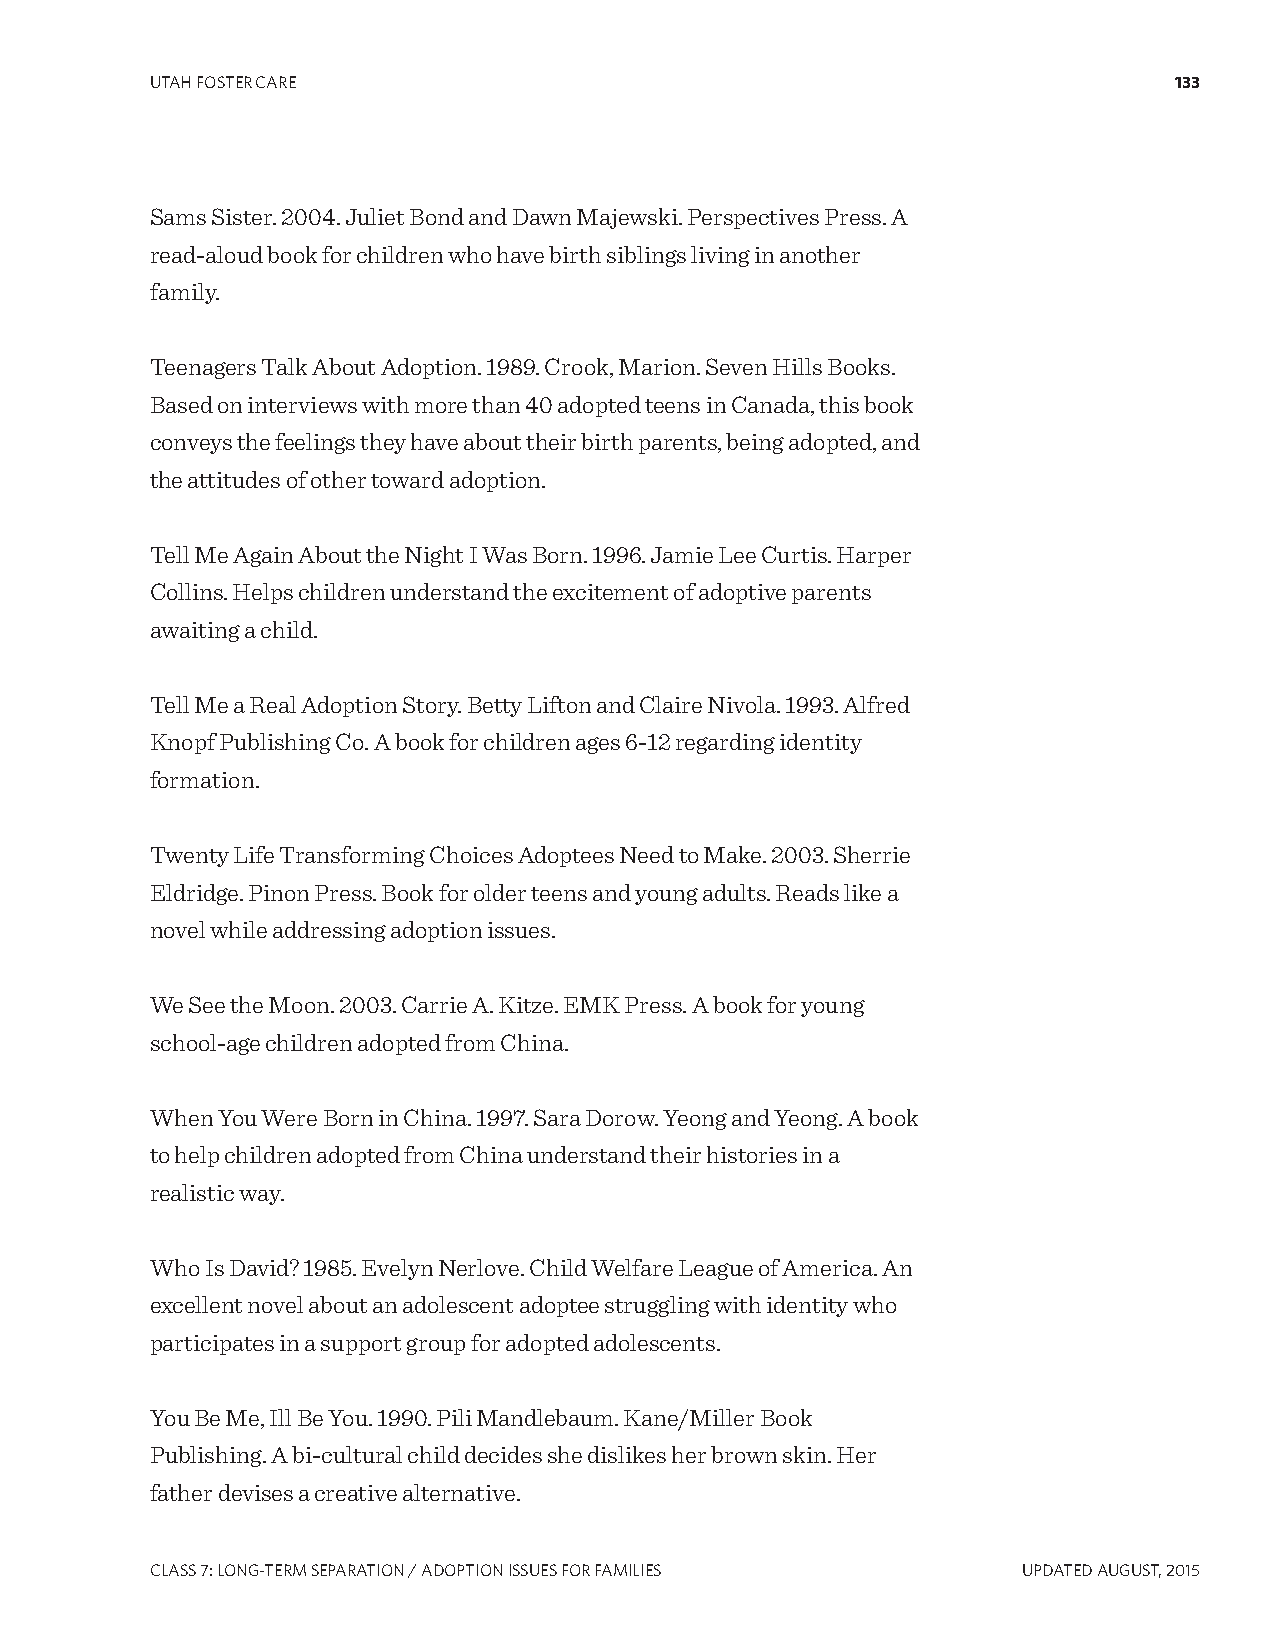
UTAH FOSTER CARE                                                    133
 Sams Sister. 2004. Juliet Bond and Dawn Majewski. Perspectives Press. A
 read-aloud book for children who have birth siblings living in another
 family.
 Teenagers Talk About Adoption. 1989. Crook, Marion. Seven Hills Books.
 Based on interviews with more than 40 adopted teens in Canada, this book
 conveys the feelings they have about their birth parents, being adopted, and
 the attitudes of other toward adoption.
 Tell Me Again About the Night I Was Born. 1996. Jamie Lee Curtis. Harper
 Collins. Helps children understand the excitement of adoptive parents
 awaiting a child.
 Tell Me a Real Adoption Story. Betty Lifton and Claire Nivola. 1993. Alfred
 Knopf Publishing Co. A book for children ages 6-12 regarding identity
 formation.
 Twenty Life Transforming Choices Adoptees Need to Make. 2003. Sherrie
 Eldridge. Pinon Press. Book for older teens and young adults. Reads like a
 novel while addressing adoption issues.
 We See the Moon. 2003. Carrie A. Kitze. EMK Press. A book for young
 school-age children adopted from China.
 When You Were Born in China. 1997. Sara Dorow. Yeong and Yeong. A book
 to help children adopted from China understand their histories in a
 realistic way.
 Who Is David? 1985. Evelyn Nerlove. Child Welfare League of America. An
 excellent novel about an adolescent adoptee struggling with identity who
 participates in a support group for adopted adolescents.
 You Be Me, Ill Be You. 1990. Pili Mandlebaum. Kane/Miller Book
 Publishing. A bi-cultural child decides she dislikes her brown skin. Her
 father devises a creative alternative.
 CLASS 7: LONg-TERM SEPARATION / ADOPTION ISSUES FOR FAMILIES UPDATED AUgUST, 2015